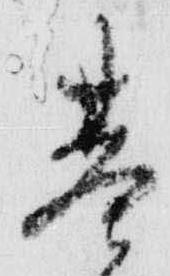
基